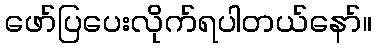
ဖော်ပြပေးလိုက်ရပါတယ်နော်။